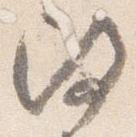
改